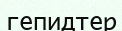
гепидтер